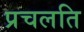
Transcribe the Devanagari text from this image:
प्रचलति